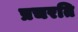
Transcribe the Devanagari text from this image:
प्रचरति